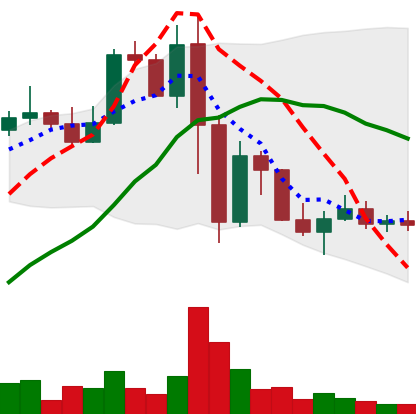
Ticker: LINK-USD
Chart end date: 2022-11-18
Forward return: 8.334%
Label: up_7plus